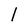
Character: 1